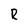
Character: R